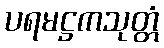
ပရမဋ္ဌကသုတ္တံ